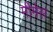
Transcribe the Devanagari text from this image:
मीमेस